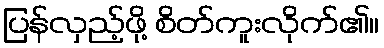
ပြန်လှည့်ဖို့ စိတ်ကူးလိုက်၏။